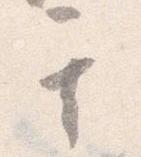
其